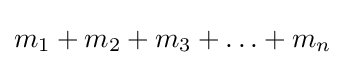
m_{1}+m_{2}+m_{3}+\ldots +m_{n}